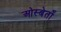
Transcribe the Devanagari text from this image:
ओस्बेर्तों